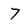
Character: 7